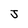
Character: J